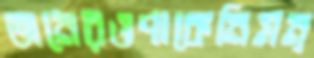
অনেরওপাকেনিমন্